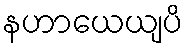
နဟာယေယျပိ